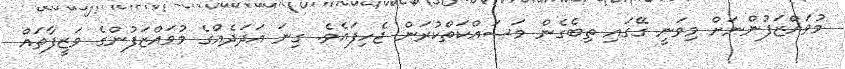
މުވައްޒަފުންނަށް މިވަނީ ގޭގައި ތިބެގެން މަސައްކަތްކުރަން ޖެހިފައެވެ. ގިނަ އަދަދެއްގެ މުވައްޒަފުންގެ ވަޒީފާތައް